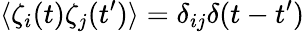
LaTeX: \langle\zeta_{i}(t)\zeta_{j}(t^{\prime})\rangle=\delta_{ij}\delta(t-t^{\prime})